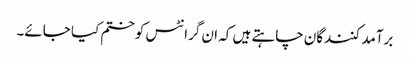
برآمد کنندگان چاہتے ہیں کہ ان گرانٹس کو ختم کیا جائے۔